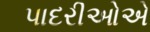
પાદરીઓએ